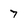
Character: 7